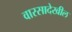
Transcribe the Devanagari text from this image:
वारसादेखील